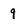
Character: q